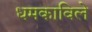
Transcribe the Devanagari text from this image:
धमकाविले